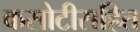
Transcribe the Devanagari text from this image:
कसोटीसहित